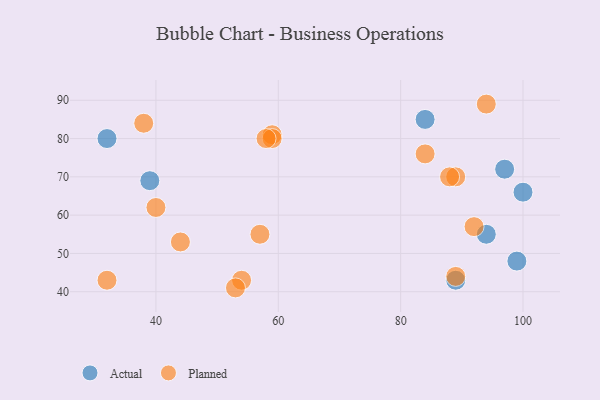
{"axis": {"x": "GDP", "y": "Life Expectancy"}, "legend": ["Actual", "Planned"], "data": [{"x": "94", "y": 55, "type": "Actual"}, {"x": "84", "y": 85, "type": "Actual"}, {"x": "39", "y": 69, "type": "Actual"}, {"x": "97", "y": 72, "type": "Actual"}, {"x": "89", "y": 43, "type": "Actual"}, {"x": "100", "y": 66, "type": "Actual"}, {"x": "99", "y": 48, "type": "Actual"}, {"x": "32", "y": 80, "type": "Actual"}, {"x": "94", "y": 89, "type": "Planned"}, {"x": "59", "y": 81, "type": "Planned"}, {"x": "89", "y": 70, "type": "Planned"}, {"x": "44", "y": 53, "type": "Planned"}, {"x": "57", "y": 55, "type": "Planned"}, {"x": "54", "y": 43, "type": "Planned"}, {"x": "92", "y": 57, "type": "Planned"}, {"x": "38", "y": 84, "type": "Planned"}, {"x": "59", "y": 80, "type": "Planned"}, {"x": "89", "y": 44, "type": "Planned"}, {"x": "40", "y": 62, "type": "Planned"}, {"x": "58", "y": 80, "type": "Planned"}, {"x": "53", "y": 41, "type": "Planned"}, {"x": "32", "y": 43, "type": "Planned"}, {"x": "88", "y": 70, "type": "Planned"}, {"x": "84", "y": 76, "type": "Planned"}]}